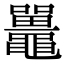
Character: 鼉